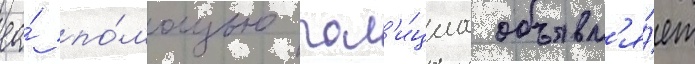
ео́ по́мощью пол'и́циа объявл'я́ет